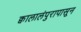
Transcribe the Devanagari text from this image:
क्वालालंपुरापासून